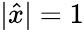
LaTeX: |{\hat{x}}|=1